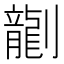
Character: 𫦞